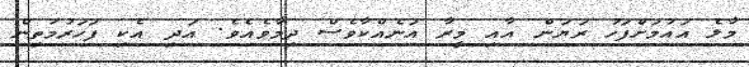
މާލެ އައުމަށްފަހު ރަޔަން އާއި މީރާ އަނެއްކާވެސް ދިމާވެއެވެ. އަދި އެކި ފަހަރުމަތިން